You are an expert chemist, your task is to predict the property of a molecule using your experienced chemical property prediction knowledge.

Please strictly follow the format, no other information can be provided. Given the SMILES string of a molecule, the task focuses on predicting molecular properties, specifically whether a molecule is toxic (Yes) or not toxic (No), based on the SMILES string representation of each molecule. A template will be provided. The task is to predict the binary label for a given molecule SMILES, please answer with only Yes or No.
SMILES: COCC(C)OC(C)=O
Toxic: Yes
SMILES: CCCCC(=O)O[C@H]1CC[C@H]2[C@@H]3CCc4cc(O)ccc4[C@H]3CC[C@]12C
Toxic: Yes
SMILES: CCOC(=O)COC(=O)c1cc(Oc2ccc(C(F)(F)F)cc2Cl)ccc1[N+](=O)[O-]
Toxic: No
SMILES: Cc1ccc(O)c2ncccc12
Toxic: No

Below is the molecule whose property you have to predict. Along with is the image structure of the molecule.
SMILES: CCCCCCCCC(=O)Cl
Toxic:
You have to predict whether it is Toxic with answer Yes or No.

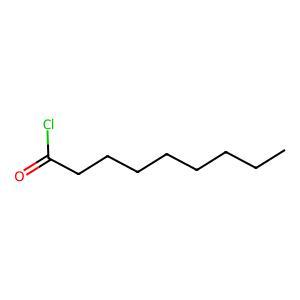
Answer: No